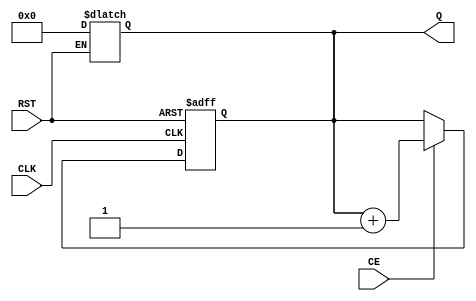
module dynamic_asynchronous_counter (
    input wire CE,           // Count Enable
    input wire RST,          // Reset
    input wire CLK,          // Clock signal
    output reg [N-1:0] Q     // Count Output (N-bit)
);

parameter N = 4; // Change this to modify the width of the counter

// Synchronous reset for stability
always @(posedge CLK or posedge RST) begin
    // Asynchronous reset
    if (RST) begin
        Q <= 0; // Reset the counter to zero
    end else if (CE) begin
        Q <= Q + 1; // Increment the counter
    end
end

// Asynchronous control for Count Enable
always @(CE or RST) begin
    if (RST) begin
        Q <= 0; // Reset the counter to zero if RST is asserted
    end
end

endmodule